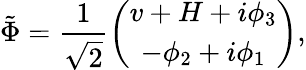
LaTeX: \tilde{\Phi}=\frac{1}{\sqrt{2}}\left(\begin{array}{c}{{v+H+i\phi_{3}}}\\ {{-\phi_{2}+i\phi_{1}}}\end{array}\right),